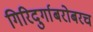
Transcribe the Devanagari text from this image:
गिरिदुर्गाबरोबरच